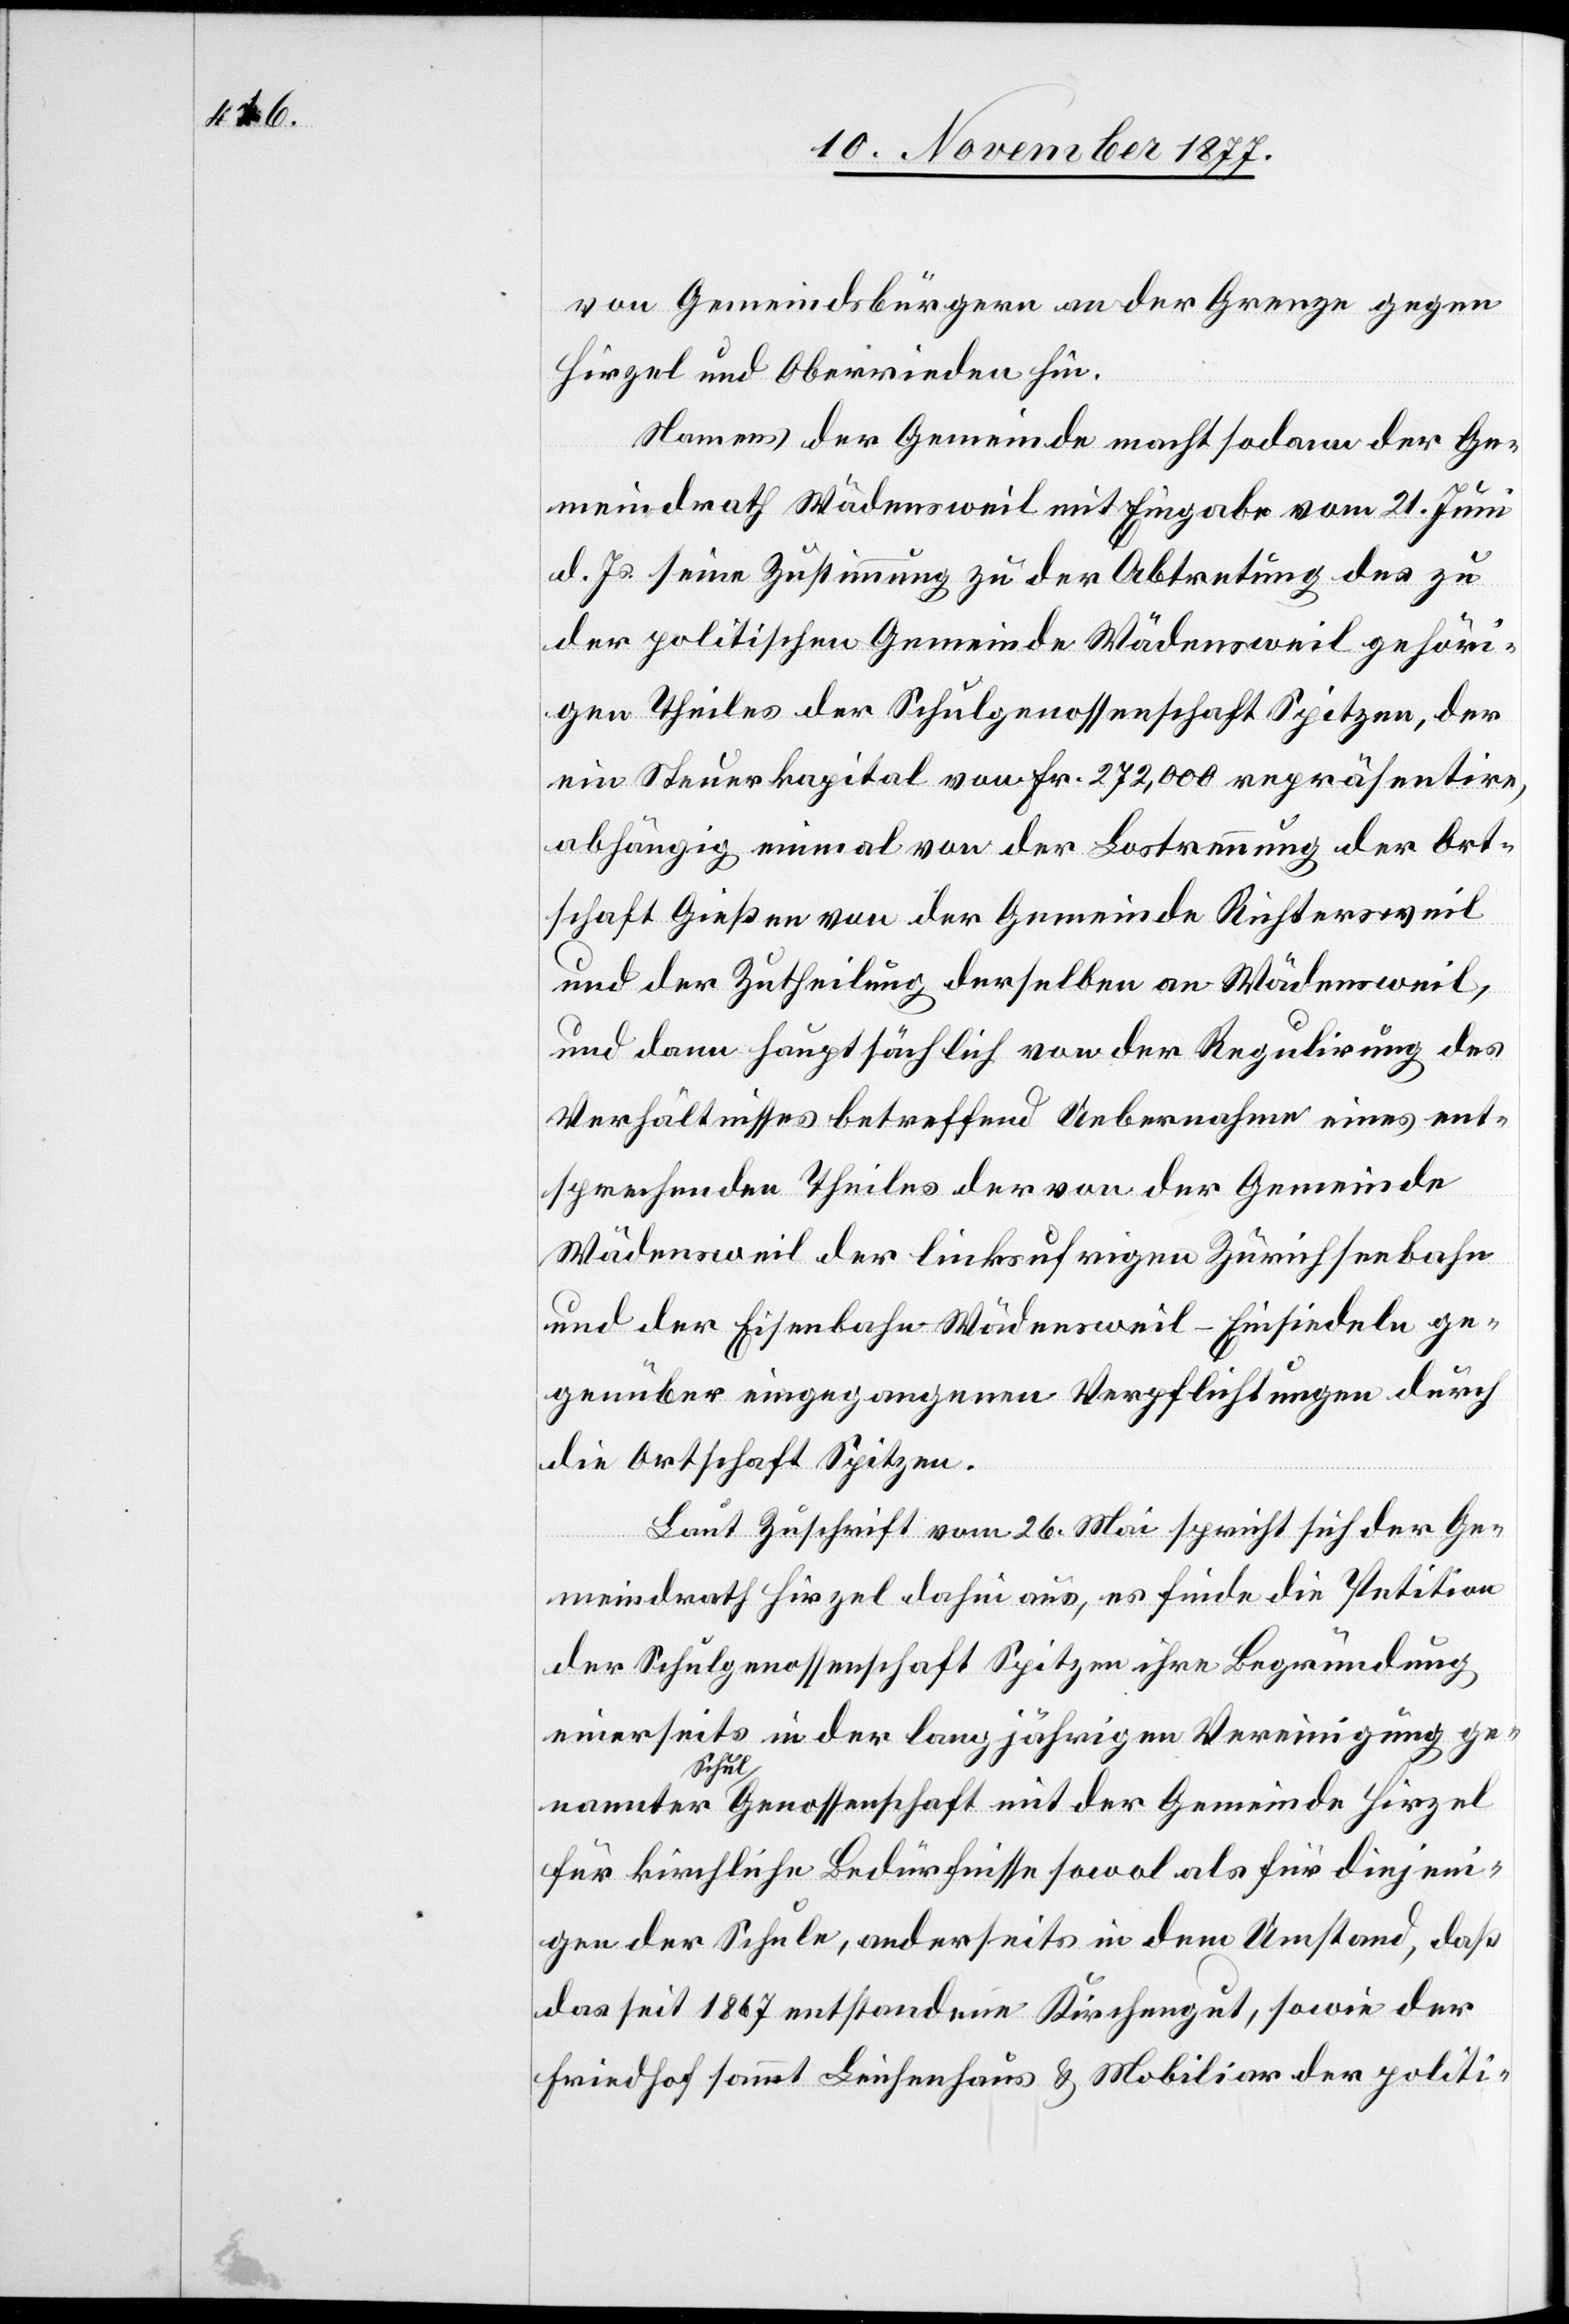
von Gemeindsbürgern an der Grenze gegen
Hirzel und Oberrieden hin.
der
Namens der Gemeinde macht sodann der Ge¬
meindrath Wädensweil mit Eingabe vom 21. Juni
d. Js. seine Zustimmung zu der Abtretung des zu
der politischen Gemeinde Wädensweil gehöri¬
gen Theiles der Schulgenossenschaft Spitzen, der
ein Steuerkapital von Fr. 272,000 repräsentire,
abhängig einmal von der Lostrennung der Ort¬
schaft Gießen von der Gemeinde Richtersweil
und der Zutheilung derselben an Wädensweil,
und dann hauptsächlich von der Regulirung des
Verhältnisses betreffend Uebernahme eines ent¬
sprechenden Theiles der von der Gemeinde
Wädensweil der linksufrigen Zürichseebahn
und der Eisenbahn Wädensweil–Einsiedeln ge¬
genüber eingegangenen Verpflichtungen durch
die Ortschaft Spitzen.
Laut Zuschrift vom 26. Mai spricht sich der Ge¬
meindrath Hirzel dahin aus, es finde die Petition
der Schulgenossenschaft Spitzen ihre Begründung
einerseits in der langjährigen Vereinigung ge¬
für kirchliche Bedürfnisse sowol als für diejeni¬
gen der Schule, anderseits in dem Umstand, daß
das seit 1867 entstandene Kirchengut, sowie der
Friedhof sammt Leichenhaus & Mobiliar der politi-